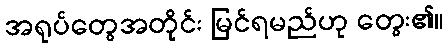
အရုပ်တွေအတိုင်း မြင်ရမည်ဟု တွေး၏။